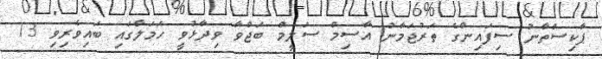
ޕާކިސްތާނު ސިފައިންގެ ތަރުޖަމާނު އާސިމް ސަލީމް ބަޖްވާ ވިދާޅުވީ ހަމަލާގައި ބައިވެރިވި 13